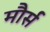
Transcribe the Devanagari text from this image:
मौर्स